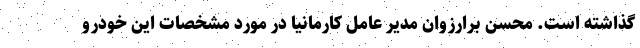
گذاشته است. محسن برارزوان مدیر عامل کارمانیا در مورد مشخصات این خودرو